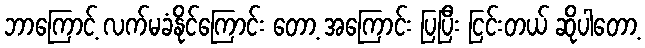
ဘာကြောင့် လက်မခံနိုင်ကြောင်း တော့ အကြောင်း ပြပြီး ငြင်းတယ် ဆိုပါတော့